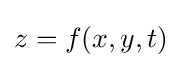
z=f(x,y,t)